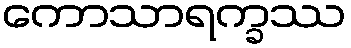
ကောသာရက္ခဿ